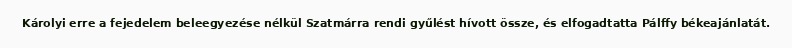
Károlyi erre a fejedelem beleegyezése nélkül Szatmárra rendi gyűlést hívott össze, és elfogadtatta Pálffy békeajánlatát.